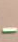
-